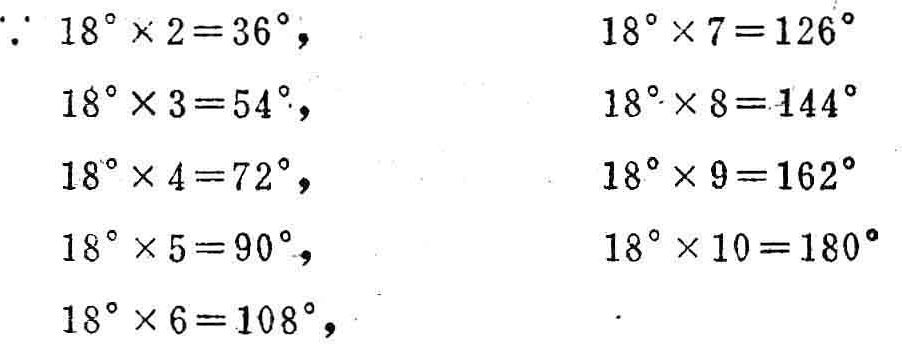
\(\because 18^{\circ}\times2 = 36^{\circ},\quad18^{\circ}\times7 = 126^{\circ}\)

\(18^{\circ}\times3 = 54^{\circ},\quad18^{\circ}\times8 = 144^{\circ}\)

\(18^{\circ}\times4 = 72^{\circ},\quad18^{\circ}\times9 = 162^{\circ}\)

\(18^{\circ}\times5 = 90^{\circ},\quad18^{\circ}\times10 = 180^{\circ}\)

\(18^{\circ}\times6 = 108^{\circ},\)